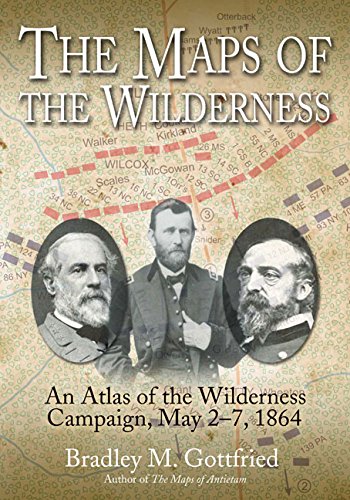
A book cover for The Maps of the Wilderness: An Atlas of the Wilderness Campaign, May 2-7, 1864 (Savas Beatie Military Atlas); Bradley Gottfried; History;